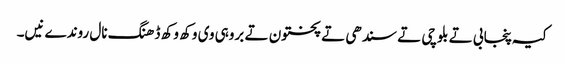
کیہ پنجابی تے بلوچی تے سندھی تے پختون تے بروہی وی وکھ وکھ ڈھنگ نال روندے نیں۔